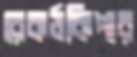
রেকর্ডকিপার